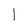
Character: l